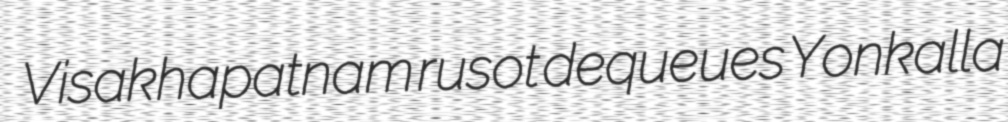
Visakhapatnam rusot dequeues Yonkalla